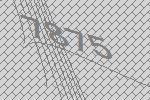
7875